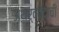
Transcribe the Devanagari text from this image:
अथर्ववेदाची